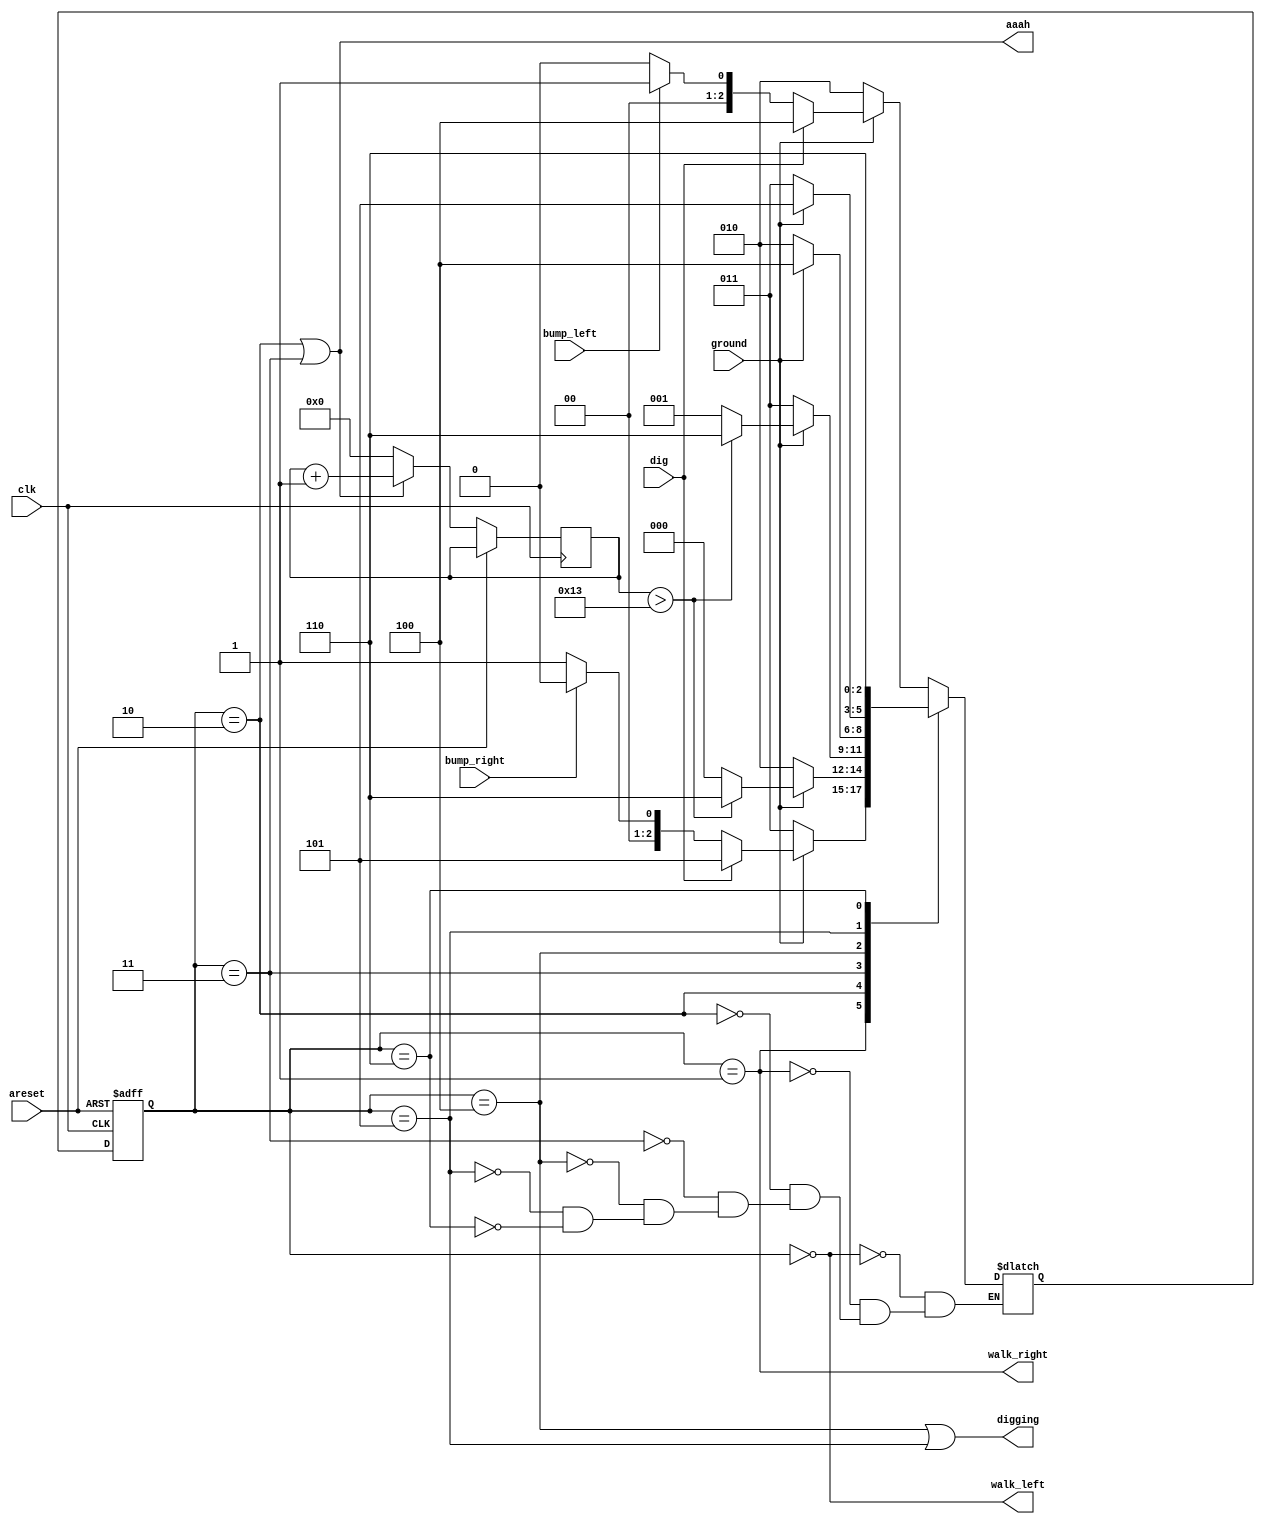
module top_module(
    input clk,
    input areset,    // Freshly brainwashed Lemmings walk left.
    input bump_left,
    input bump_right,
    input ground,
    input dig,
    output walk_left,
    output walk_right,
    output aaah,
    output digging ); 

    parameter left=3'd0, right=3'd1, falll=3'd2, fallr=3'd3, digl=3'd4, digr=3'd5, splat=3'd6;
    reg [2:0]	state, next_state;
    reg [31:0]	count;
    
    always@(*) begin
        case(state)
            left: begin
                if(~ground)			next_state = falll;
                else if(dig)		next_state = digl;
                else if(bump_left)	next_state = right;
                else				next_state = left;
            end
            right: begin
                if(~ground)			next_state = fallr;
                else if(dig)		next_state = digr;
                else if(bump_right)	next_state = left;
                else				next_state = right;
            end
            falll: begin
                if(ground) begin
                    if(count>19)	next_state = splat;
                    else			next_state = left;
                end
                else				next_state = falll;
            end
            fallr: begin
                if(ground) begin
                    if(count>19)	next_state = splat;
                    else			next_state = right;
                end
                else				next_state = fallr;
            end
            digl: begin
                if(ground)	next_state = digl;
                else		next_state = falll;
            end
            digr: begin
                if(ground)	next_state = digr;
                else		next_state = fallr;
            end
            splat: begin
                next_state = splat;
            end
        endcase
    end
    
    always@(posedge clk or posedge areset) begin
        if(areset)
            state <= left;
        else if(state == falll || state == fallr) begin
            state <= next_state;
            count <= count + 1;
        end
        else begin
            state <= next_state;
            count <= 0;
        end
    end
    
    assign	walk_left = (state == left);
    assign	walk_right = (state == right);
    assign	aaah = (state == falll || state == fallr);
    assign	digging = (state == digl || state == digr);
    
endmodule